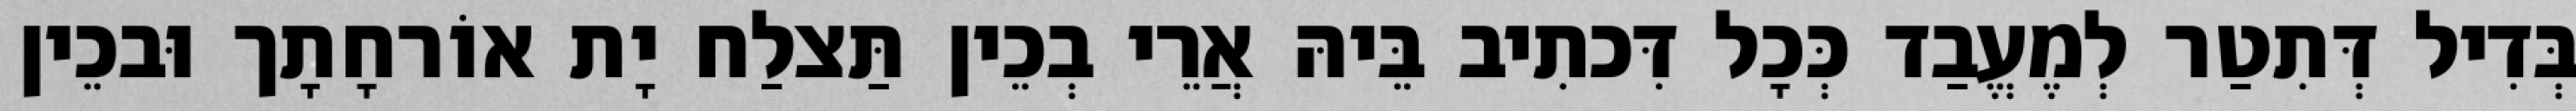
בְּדִיל דְּתִטַר לְמֶעֱבַד כְּכָל דִּכתִיב בֵּיהּ אֲרֵי בְכֵין תַּצלַח יָת אוֹרחָתָך וּבכֵין